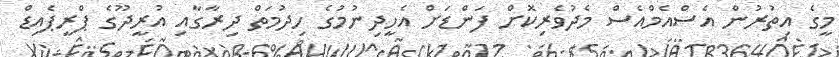
މީގެ އިތުރުން އެސްއެމްއެސް މެދުވެރިކޮށް ފަންޑަށް އެހީދިނުމުގެ ހިދުމަތް ދިރާގާއި އުރީދޫގެ ޕްރީޕެއިޑް